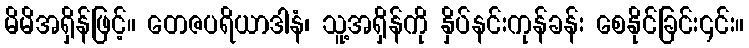
မိမိအရှိန်ဖြင့်။ တေဇပရိယာဒါနံ၊ သူ့အရှိန်ကို နှိပ်နင်းကုန်ခန်း စေနိုင်ခြင်း၎င်း။